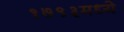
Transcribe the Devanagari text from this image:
१७९३मध्ये